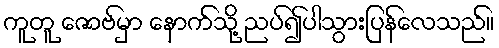
ကူတူ ဇောဗ်မှာ နောက်သို့ ညပ်၍ပါသွားပြန်လေသည်။